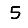
Digit: 5